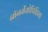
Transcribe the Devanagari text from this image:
नॉनसेंसोपिडिया